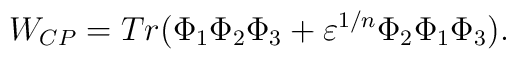
W_{CP}=Tr(\Phi _{1}\Phi _{2}\Phi _{3}+\varepsilon ^{1/n}\Phi _{2}\Phi _{1}\Phi _{3}).